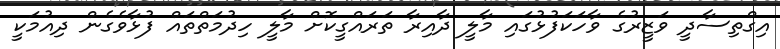
އިގްތިސާދީ ވަޒީރުގެ ވާހަކަފުޅުގައި މާލީ ދާއިރާ ތަރައްގީކޮށް މާލީ ހިދުމަތްތައް ފުޅާވެގެން ދިއުމަކީ